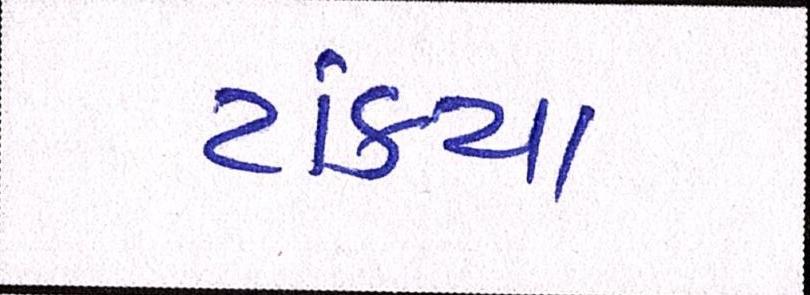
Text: ટાંક્યા